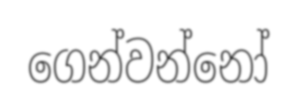
ගෙන්වන්නෝ